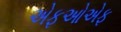
એફઓએફ